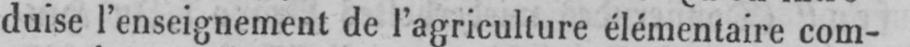
duise l’enseignement de l’agriculture élémentaire com-